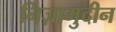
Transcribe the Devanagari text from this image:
निज़ामुदीन